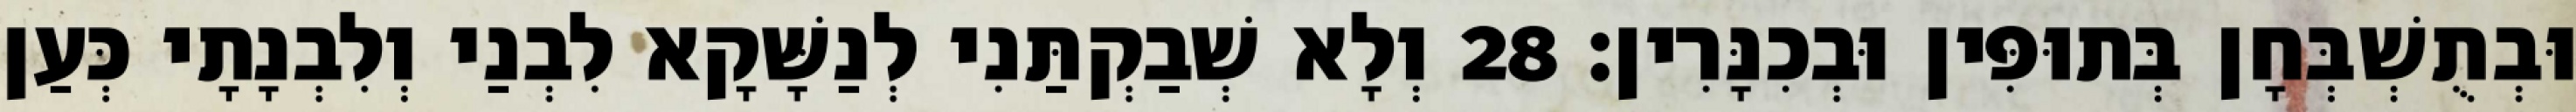
וּבְתֻשְׁבְּחָן בְּתוּפִּין וּבְכִנָּרִין׃ 28 וְלָא שְׁבַקְתַּנִי לְנַשָּׁקָא לִבְנַי וְלִבְנָתָי כְּעַן